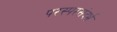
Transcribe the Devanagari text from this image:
परस्परसंदर्भ